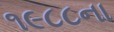
૧૯૮૮ના